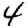
Digit: 4